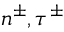
n ^ { \pm } , \tau ^ { \pm }